Civil Veterinary Department. United Provinces 1912-22 - 1912-1922
Year: 1912
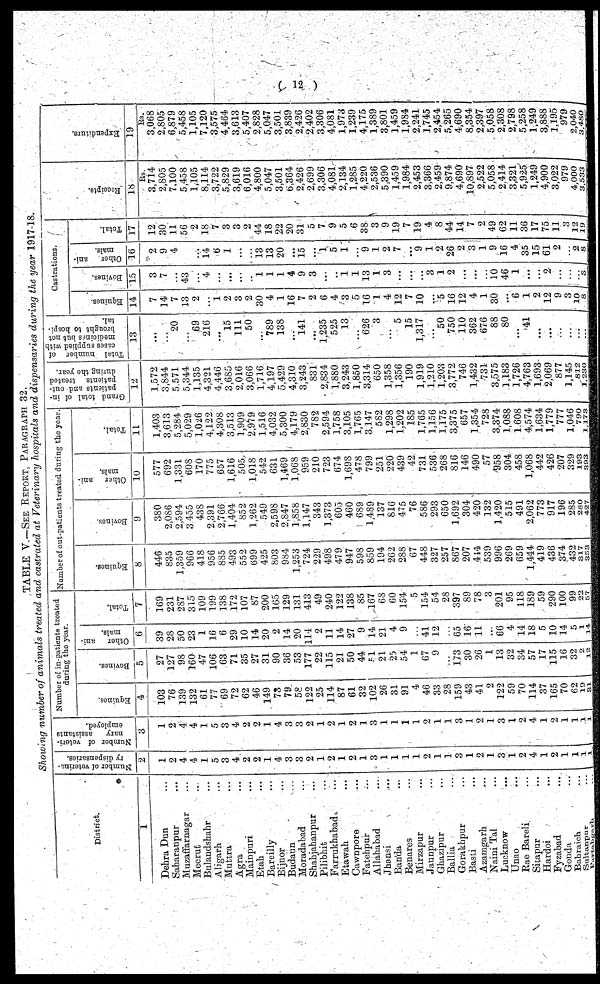
( 12 )
TABLE V.—SEE REPORT, PARAGRAPH 32.
Showing number of animals treated and castrated at Veterinary hospitals and dispensaries during the year 1917-18.
District.
1
Dehra Dun ...
Saharanpur ...
Muzaffarnagar ...
Meerut ...
Bulandshahr ...
Aligarh ...
Muttra ...
Agra ...
Mainpuri ...
Etah ...
Bareilly ...
Bijnor ...
Budaun ...
Moradabad ...
Shahjahanpur ...
Pilibhit ...
Farrukhabad ...
Etawah ...
Cawnpore ...
Fatehpur ...
Allahabad ...
Jhansi ...
Banda ...
Benares ...
Mirzapur ...
Jaunpur ...
Ghazipur ...
Ballia ...
Gorakhpur ...
Basti ...
Azamgarh ...
Naini Tal ...
Lucknow ...
Unao ...
Rae Bareli ...
Sitapur ...
Hardoi ...
Fyzabad ...
Gonda ...
Bahraich ...
Sultanpur
...
Partabgarh
Number of veterina-
ry dispensaries.
2
1
2
4
4
1
5
3
4
2
2
1
4
3
3
2
1
2
1
2
1
3
1
1
1
1
2
1
1
3
1
2
1
3
1
2
4
1
2
1
1
l
1
Number of veteri-
nary
assistants
employed.
3
1
2
4
4
1
5
3
4
2
2
1
4
3
3
2
1
2
1
2
1
3
1
1
1
1
2
1
1
3
1
2
1
3
1
2
4
1
2
1
1
1
1
Number of in-patients treated
during the year.
Equines.
4
103
76
139
132
61
77
69
72
62
46
149
73
79
58
122
25
114
87
61
32
102
26
31
91
4
46
33
28
159
43
41
2
122
59
70
114
37
165
70
62
19
31
Bovines.
5
27
127
98
160
47
106
63
71
35
27
31
90
36
53
177
22
115
21
50
44
51
21
25
54
1
C7
9
...
173
30
26
1
13
32
34
57
17
115
16
32
2
12
Other ani-
mals.
6
39
28
50
23
1
16
6
29
10
14
20
2
14
20
114
2
11
14
27
9
14
21
4
9
41
12
65
16
11
...
66
4
14
18
5
10
14
5
1
14
Total.
7
169
231
287
315
109
199
138
172
107
87
200
165
129
131
413
49
240
122
138
85
167
63
60
154
5
154
54
28
397
89
78
3
201
95
118
189
59
290
100
99
22
57
Number of out-patients treated during the year.
Equines.
8
446
835
1,359
966
418
956
885
493
552
699
425
803
984
1,253
724
229
49'8
479
947
598
859
194
262
288
67
448
327
257
867
207
414
539
996
269
659
1,444
419
436
374
432
317
353
Bovines.
9
380
2,0S6
2,594
3455
438
2,391
2,766
1,404
852
1,262
549
2,598
2,847
1,858
1,147
343
1,373
605
460
689
1,489
137
816
475
76
586
293
650
1,692
304
420
132
1,420
515
491
2,062
773
917
196
285
280
427
Other ani-
mals.
10
577
692
1,331
608
170
775
657
1,616
505
1,018
542
631
1,469
1,068
959
210
723
674
1,698
478
799
251
220
439
42
731
536
268
816
146
490
57
958
304
458
1,068
442
426
207
329
193
393
Total.
11
1,403
3,613
5,284
5,029
1,026
4,122
4,308
3,513
1,909
2,979
1,516
4,032
5,300
4,179
2,830
782
2,594
1,758
3,105
1,765
3.147
582
1,298
1,202
185
1,765
1,156
1,175
3,375
657
1,354
728
3,374
1,088
1.608
4,574
1,634
1,779
777
1,046
790
1,173
Grand total of in-
patients and out-
patients treated
during the year.
12
1,572
3,844
5,571
5,344
1,135
4,321
4,446
3,685
2,016
3,066
1,716
4,197
5,429
4,310
3,243
831
2,834
1,880
3,243
1,850
3,314
650
1,358
1,356
190
1,919
1,210
1,203
3,772
746
1,432
731
3,575
1,183
1,726
4,763
1,693
2,069
877
1,145
812
1,230
Total number of
cases supplied with
medicines
but n
brought to hospi-
tal.
13
...
...
20
...
69
216
...
15
111
50
...
789
138
...
141
...
1,235
525
13
...
626
3
...
5
15
1,317
...
50
750
110
362
676
88
80
...
41
...
...
...
...
...
...
Castrations.
Equines.
14
7
14
7
13
2
...
1
2
3
2
30
4
1
16
7
2
6
4
3
5
16
1
4
12
7
10
...
5
16
12
4
1
30
...
6
1
2
12
9
3
10
8
Bovines.
15
3
7
...
43
...
4
...
...
...
...
1
1
1
4
9
3
...
...
1
1
13
1
3
...
...
...
3
1
2
...
...
...
10
46
1
...
...
2
...
...
3
Other
ani-
mals.
16
2
9
4
...
14
6
1
...
...
13
13
20
...
15
...
1
5
1
...
9
1
2
7
...
9
1
2
26
2
3
1
9
16
4
35
15
61
2
...
2
8
Total.
17
12
30
11
56
2
18
7
3
3
2
44
18
22
20
31
5
7
9
5
6
38
3
9
19
7
19
4
8
44
14
7
2
49
62
11
36
17
75
11
3
12
19
Receipts.
18
Rs.
3,714
2,805
7,100
5,458
1,105
8,114
3,722
5,829
3,619
6,016
4,800
5,047
3,501
6,364
2,426
2,699
3,306
4,081
2,134
1,285
4,220
2,536
5,390
1,459
1,984
2,453
3,366
2,459
9,874
4,690
10,897
2,522
5,058
2.414
3,321
5,925
1,249
4,900
3,022
979
4,000
3,533
Expenditure.
19
Rs.
3,068
2,805
6,879
5,458
1,105
7,120
3,575
4,464
3,613
5,407
2,828
5,047
3,501
3,839
2,426
2,402
3,306
4,081
1,973
1,239
4,175
1,389
3,801
1,459
1,984
2,241
1,745
2,454
5,265
4,690
8,354
2,397
5,058
2,308
2,798
5,258
1,249
3,888
1,195
979
2,040
3,480